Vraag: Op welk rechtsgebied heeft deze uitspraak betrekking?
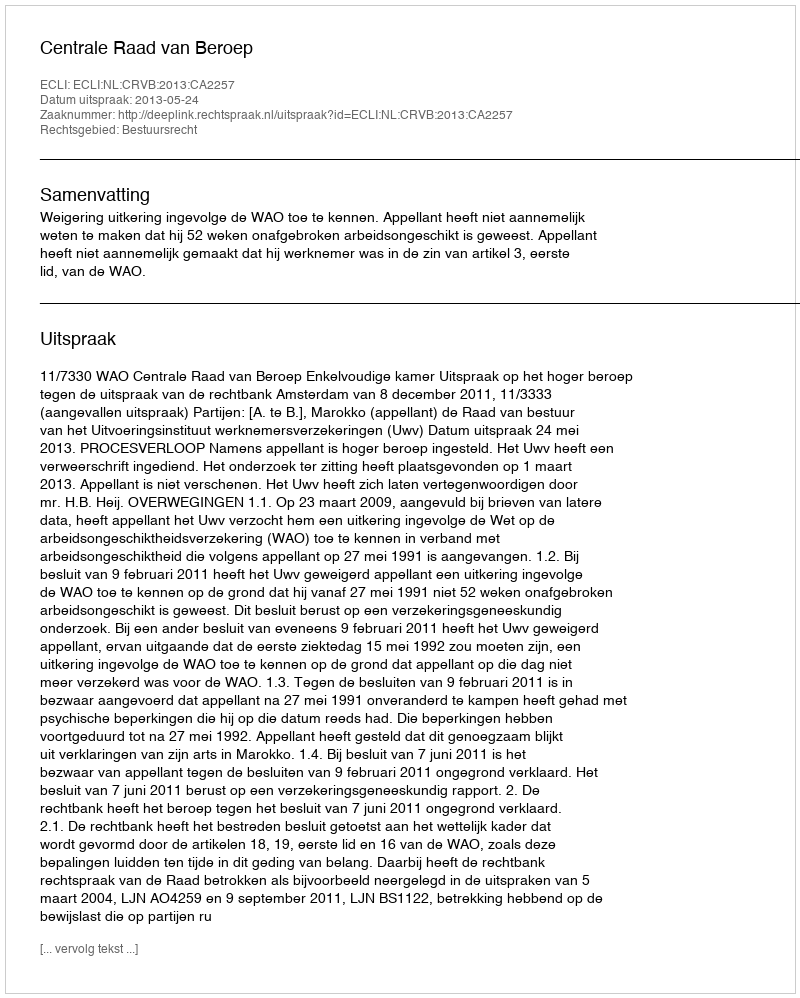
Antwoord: Bestuursrecht